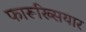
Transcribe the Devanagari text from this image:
फारूख्सियार